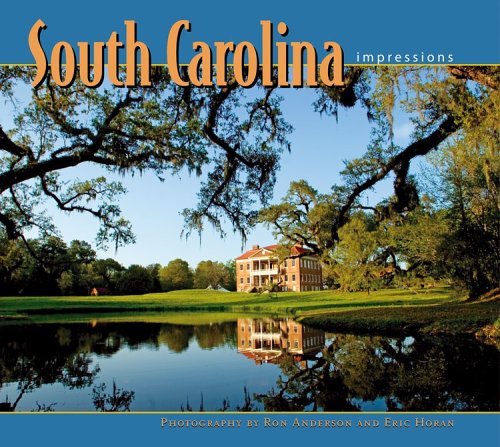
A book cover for South Carolina Impressions (Impressions (Farcountry Press)); photography by Ron Anderson; Travel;